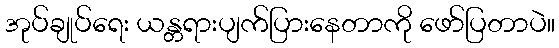
အုပ်ချုပ်ရေး ယန္တရားပျက်ပြားနေတာကို ဖော်ပြတာပဲ။